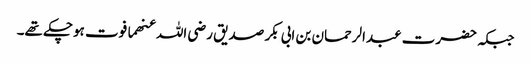
جبکہ حضرت عبدالرحمان بن ابی بکر صدیق رضی اللہ عنھما فوت ہوچکے تھے۔